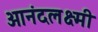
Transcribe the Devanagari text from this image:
आनंदलक्ष्मी